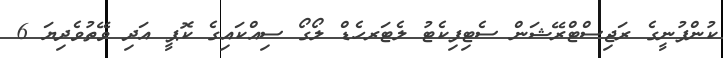
ކުންފުނީގެ ރަޖިސްޓްރޭޝަން ސެޓިފިކެޓު ލެޓަރހެޑް ލޯގޯ ސިއްކައިގެ ކޮޕީ އަދި ވޭތުވެދިޔަ 6